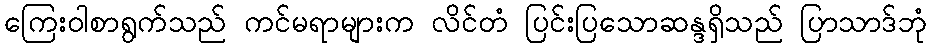
ကြေးဝါစာရွက်သည် ကင်မရာများက လိင်တံ ပြင်းပြသောဆန္ဒရှိသည် ပြာသာဒ်ဘုံ